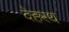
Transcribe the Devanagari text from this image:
देहरथ